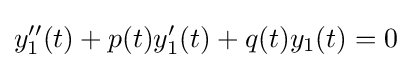
y_{1}''(t)+p(t)y_{1}'(t)+q(t)y_{1}(t)=0